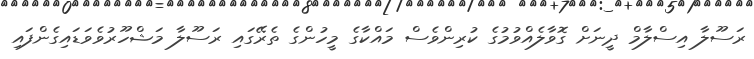
ރަސޫލާ އިސްލާމް ދީނަށް ގޮވާލެއްވުމުގެ ކުރިންވެސް މައްކާގެ މީހުންގެ ތެރޭގައި ރަސޫލާ މަޝްހޫރުވެވަޑައިގެންފައި